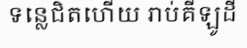
ទន្លេជិតហើយ រាប់គីឡូដី